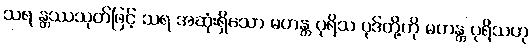
သရ န္တဿသုတ်ဖြင့် သရ အဆုံးရှိသော မဟန္တ ပုရိသ ပုဒ်တို့ကို မဟန္တ ပုရိသဟု